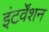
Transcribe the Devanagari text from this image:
इंटर्वेंशन